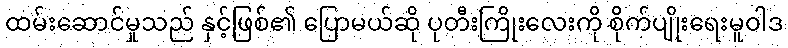
ထမ်းဆောင်မှုသည် နှင့်ဖြစ်၏ ပြောမယ်ဆို ပုတီးကြိုးလေးကို စိုက်ပျိုးရေးမူဝါဒ